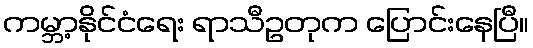
ကမ္ဘာ့နိုင်ငံရေး ရာသီဥတုက ပြောင်းနေပြီ။